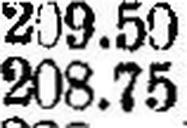
208.75